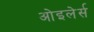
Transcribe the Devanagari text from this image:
ओइलेर्स